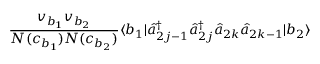
\frac { v _ { b _ { 1 } } v _ { b _ { 2 } } } { N ( c _ { b _ { 1 } } ) N ( c _ { b _ { 2 } } ) } \langle b _ { 1 } | \hat { a } _ { 2 j - 1 } ^ { \dagger } \hat { a } _ { 2 j } ^ { \dagger } \hat { a } _ { 2 k } \hat { a } _ { 2 k - 1 } | b _ { 2 } \rangle